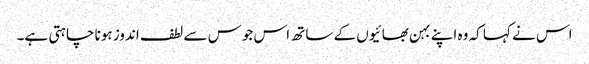
اس نے کہا کہ وہ اپنے بہن بھائیوں کے ساتھ اس جوس سے لطف اندوز ہونا چاہتی ہے۔